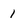
Character: l